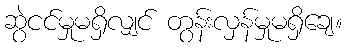
ဆွဲငင်မှုမရှိလျှင် တွန်းလှန်မှုမရှိချေ။